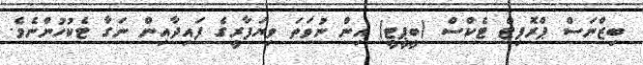
ބިޒްނަސް ޕްރޮފިޓް ޓެކްސް (ބީޕީޓީ) އިން ނުވަތަ ވިޔަފާރީގެ ފައިދާއިން ނަގާ ޓެކުހުންނެވެ.